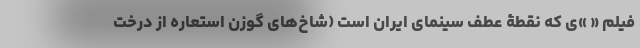
فیلم « »ی که نقطۀ عطف سینمای ایران است (شاخ‌های گوزن استعاره از درخت